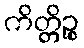
ကိတ္တိဉ္စ